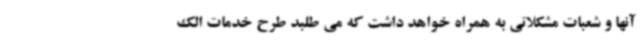
آنها و شعبات مشکلاتی به همراه خواهد داشت که می طلبد طرح خدمات الک